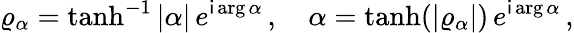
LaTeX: \varrho_{\alpha}=\operatorname{tanh}^{-1}\vert\alpha\vert\, e^{\mathsf{i}\arg\alpha}\, ,\quad\alpha=\operatorname{tanh}(\vert\varrho_{\alpha}\vert)\, e^{\mathsf{i}\arg\alpha}\, ,